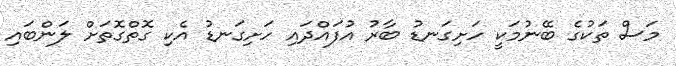
މަސް ތަކުގެ ބޭނުމަކީ ހަށިގަނޑު ބާރު އުފައްދައި ހަށިގަނޑު އެކި ގޮތްގޮތަށް ލަންބައި